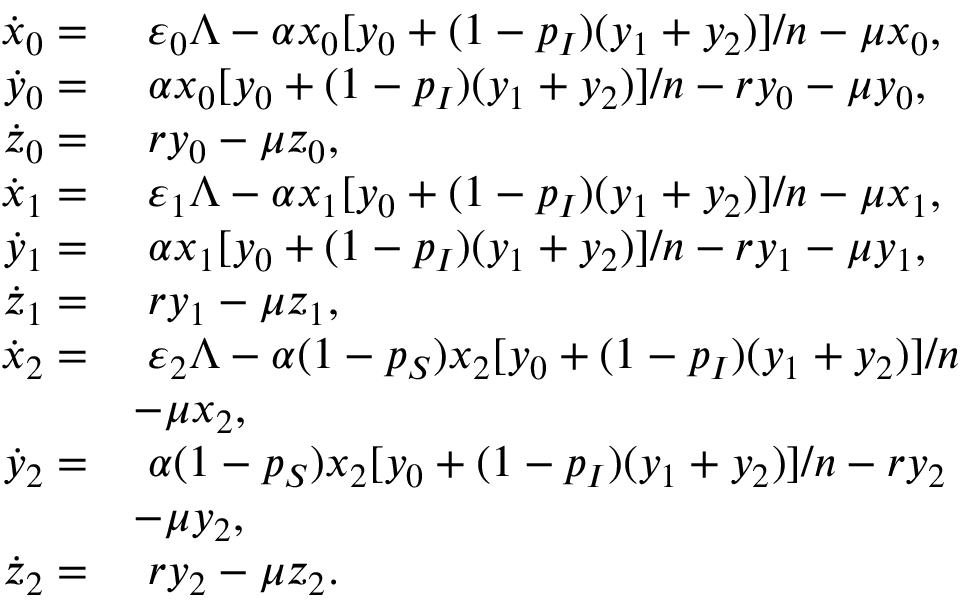
\begin{array} { r l } { \dot { x } _ { 0 } = } & { ~ \varepsilon _ { 0 } \Lambda - \alpha x _ { 0 } [ y _ { 0 } + ( 1 - p _ { I } ) ( y _ { 1 } + y _ { 2 } ) ] / n - \mu x _ { 0 } , } \\ { \dot { y } _ { 0 } = } & { ~ \alpha x _ { 0 } [ y _ { 0 } + ( 1 - p _ { I } ) ( y _ { 1 } + y _ { 2 } ) ] / n - r y _ { 0 } - \mu y _ { 0 } , } \\ { \dot { z } _ { 0 } = } & { ~ r y _ { 0 } - \mu z _ { 0 } , } \\ { \dot { x } _ { 1 } = } & { ~ \varepsilon _ { 1 } \Lambda - \alpha x _ { 1 } [ y _ { 0 } + ( 1 - p _ { I } ) ( y _ { 1 } + y _ { 2 } ) ] / n - \mu x _ { 1 } , } \\ { \dot { y } _ { 1 } = } & { ~ \alpha x _ { 1 } [ y _ { 0 } + ( 1 - p _ { I } ) ( y _ { 1 } + y _ { 2 } ) ] / n - r y _ { 1 } - \mu y _ { 1 } , } \\ { \dot { z } _ { 1 } = } & { ~ r y _ { 1 } - \mu z _ { 1 } , } \\ { \dot { x } _ { 2 } = } & { ~ \varepsilon _ { 2 } \Lambda - \alpha ( 1 - p _ { S } ) x _ { 2 } [ y _ { 0 } + ( 1 - p _ { I } ) ( y _ { 1 } + y _ { 2 } ) ] / n } \\ & { - \mu x _ { 2 } , } \\ { \dot { y } _ { 2 } = } & { ~ \alpha ( 1 - p _ { S } ) x _ { 2 } [ y _ { 0 } + ( 1 - p _ { I } ) ( y _ { 1 } + y _ { 2 } ) ] / n - r y _ { 2 } } \\ & { - \mu y _ { 2 } , } \\ { \dot { z } _ { 2 } = } & { ~ r y _ { 2 } - \mu z _ { 2 } . } \end{array}